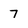
Character: 7